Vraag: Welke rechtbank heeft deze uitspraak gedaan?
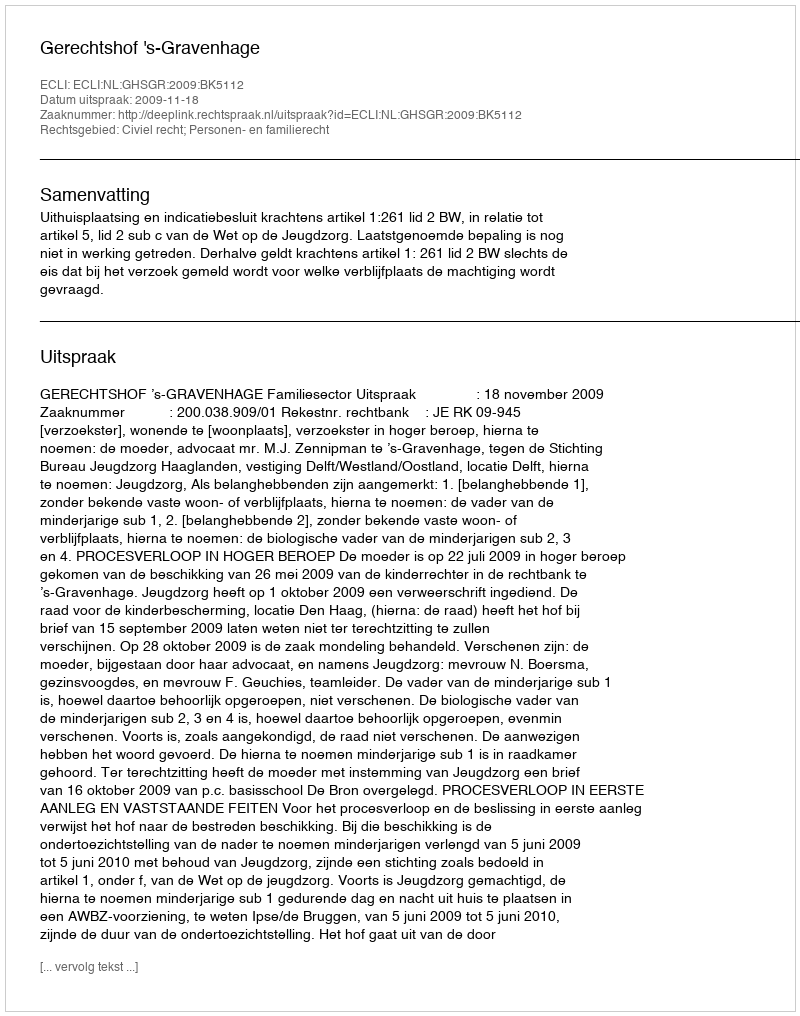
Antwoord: Gerechtshof 's-Gravenhage